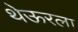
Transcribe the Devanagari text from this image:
थेऊरला